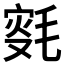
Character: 𣮸